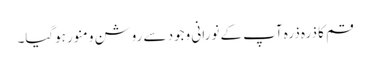
قم کا ذرہ ذرہ آپ کے نورانی وجود سے روشن و منور ہوگیا۔